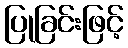
ပြုခြင်းဖြင့်